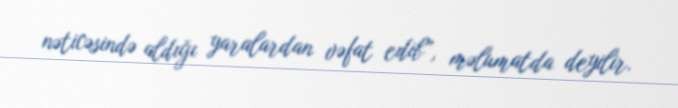
nəticəsində aldığı yaralardan vəfat edib”, məlumatda deyilir.